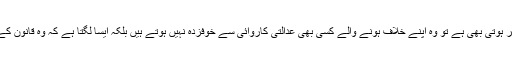
ان کے خلاف کوئی کاروائی نہیں ہوتی ہے اور اگر ہوتی بھی ہے تو وہ اپنے خلاف ہونے والے کسی بھی عدالتی کاروائی سے خوفزدہ نہیں ہوتے ہیں بلکہ ایسا لگتا ہے کہ وہ قانون کے سایہ تلے زندگی کی صبح وشام گزار رہے ہوں۔